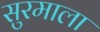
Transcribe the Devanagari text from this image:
सुरमाला